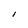
Character: I